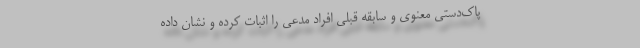
پاک‌دستی معنوی و سابقه قبلی افراد مدعی را اثبات کرده و نشان داده